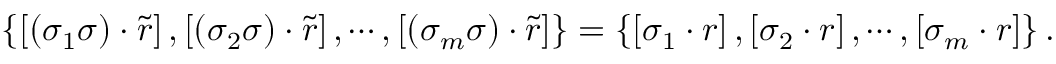
\left\{ \left[ \left( \sigma _ { 1 } \sigma \right) \cdot \tilde { r } \right] , \left[ \left( \sigma _ { 2 } \sigma \right) \cdot \tilde { r } \right] , \cdots , \left[ \left( \sigma _ { m } \sigma \right) \cdot \tilde { r } \right] \right\} = \left\{ \left[ \sigma _ { 1 } \cdot r \right] , \left[ \sigma _ { 2 } \cdot r \right] , \cdots , \left[ \sigma _ { m } \cdot r \right] \right\} .